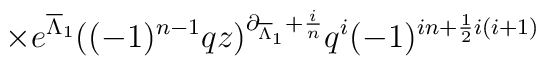
\hspace{1.75in} \times            e^{\overline{\Lambda}_1}            ((-1)^{n-1}qz)^{\partial_{\overline{\Lambda}_1}+\frac{i}{n}}            q^i (-1)^{in+\frac{1}{2} i(i+1)}